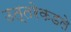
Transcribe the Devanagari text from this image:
उत्तरेकडले